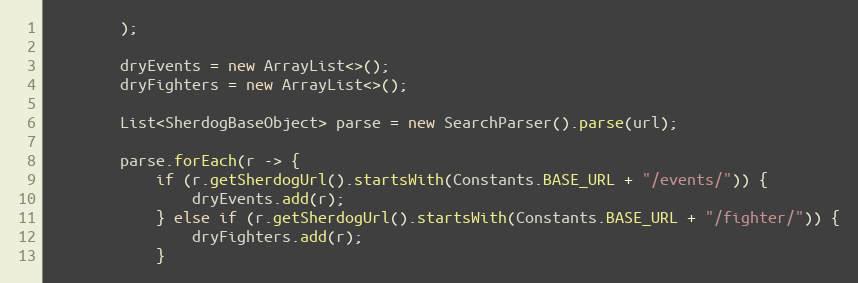
Language: Java
        );

        dryEvents = new ArrayList<>();
        dryFighters = new ArrayList<>();

        List<SherdogBaseObject> parse = new SearchParser().parse(url);

        parse.forEach(r -> {
            if (r.getSherdogUrl().startsWith(Constants.BASE_URL + "/events/")) {
                dryEvents.add(r);
            } else if (r.getSherdogUrl().startsWith(Constants.BASE_URL + "/fighter/")) {
                dryFighters.add(r);
            }